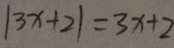
\vert 3 x + 2 \vert = 3 x + 2